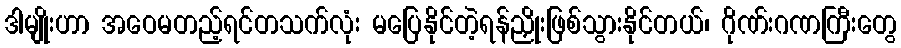
ဒါမျိုးဟာ အဝေမတည့်ရင်တသက်လုံး မပြေနိုင်တဲ့ရန်ညှိုးဖြစ်သွားနိုင်တယ်၊ ဂိုဏ်းဂဏကြီးတွေ